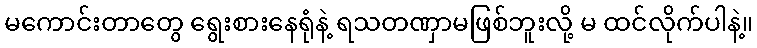
မကောင်းတာတွေ ရွေးစားနေရုံနဲ့ ရသတဏှာမဖြစ်ဘူးလို့ မ ထင်လိုက်ပါနဲ့။